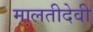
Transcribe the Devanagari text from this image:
मालतीदेवी